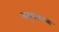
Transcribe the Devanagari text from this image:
मनुष्यत्वाची